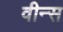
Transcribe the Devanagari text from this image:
वीन्स